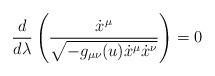
LaTeX: \begin{align*}\frac{d}{d\lambda} \left(\frac{\dot{x}^\mu}{\sqrt{-g_{\mu\nu}(u) \dot{x}^\mu \dot{x}^\nu}}\right) = 0\end{align*}